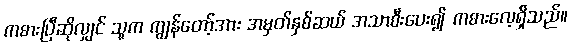
ကစားပြီဆိုလျှင် သူက ကျွန်တော့်အား အမှတ်နှစ်ဆယ် အသာစီးပေး၍ ကစားလေ့ရှိသည်။